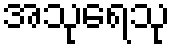
အသုရေသု